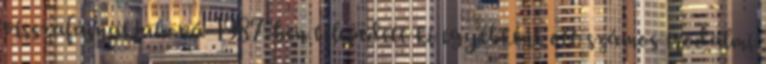
visszafájnak ahová 1987-ben telepedett ki egyébként ott számos irodalmi